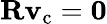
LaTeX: \mathbf{R}{\mathbf{v}_{\mathrm{c}}}=\mathbf{0}